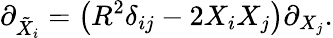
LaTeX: \partial_{{\tilde{X}}_{i}}=\left(R^{2}\delta_{ij}-2X_{i}X_{j}\right)\partial_{X_{j}}.